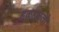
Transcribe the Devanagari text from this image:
हळहळतो